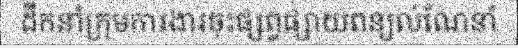
ដឹកនាំក្រុមការងារចុះផ្សព្វផ្សាយពន្យល់ណែនាំ